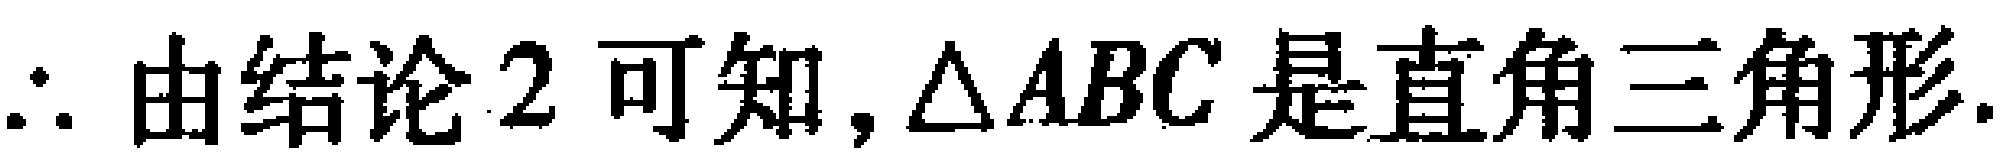
$\therefore$ 由结论 2 可知, $\triangle ABC$ 是直角三角形.